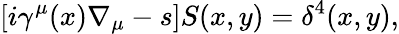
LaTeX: \left[i\gamma^{\mu}(x)\nabla_{\mu}-s\right]S(x,y)=\delta^{4}(x,y),